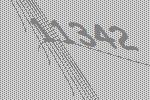
11342